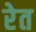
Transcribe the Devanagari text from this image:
रेेत